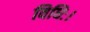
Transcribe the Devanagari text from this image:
विधिः।